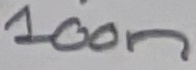
Text: 100n